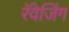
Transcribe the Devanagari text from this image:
रॅवेजिंग